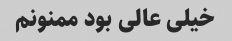
خیلی عالی بود ممنونم